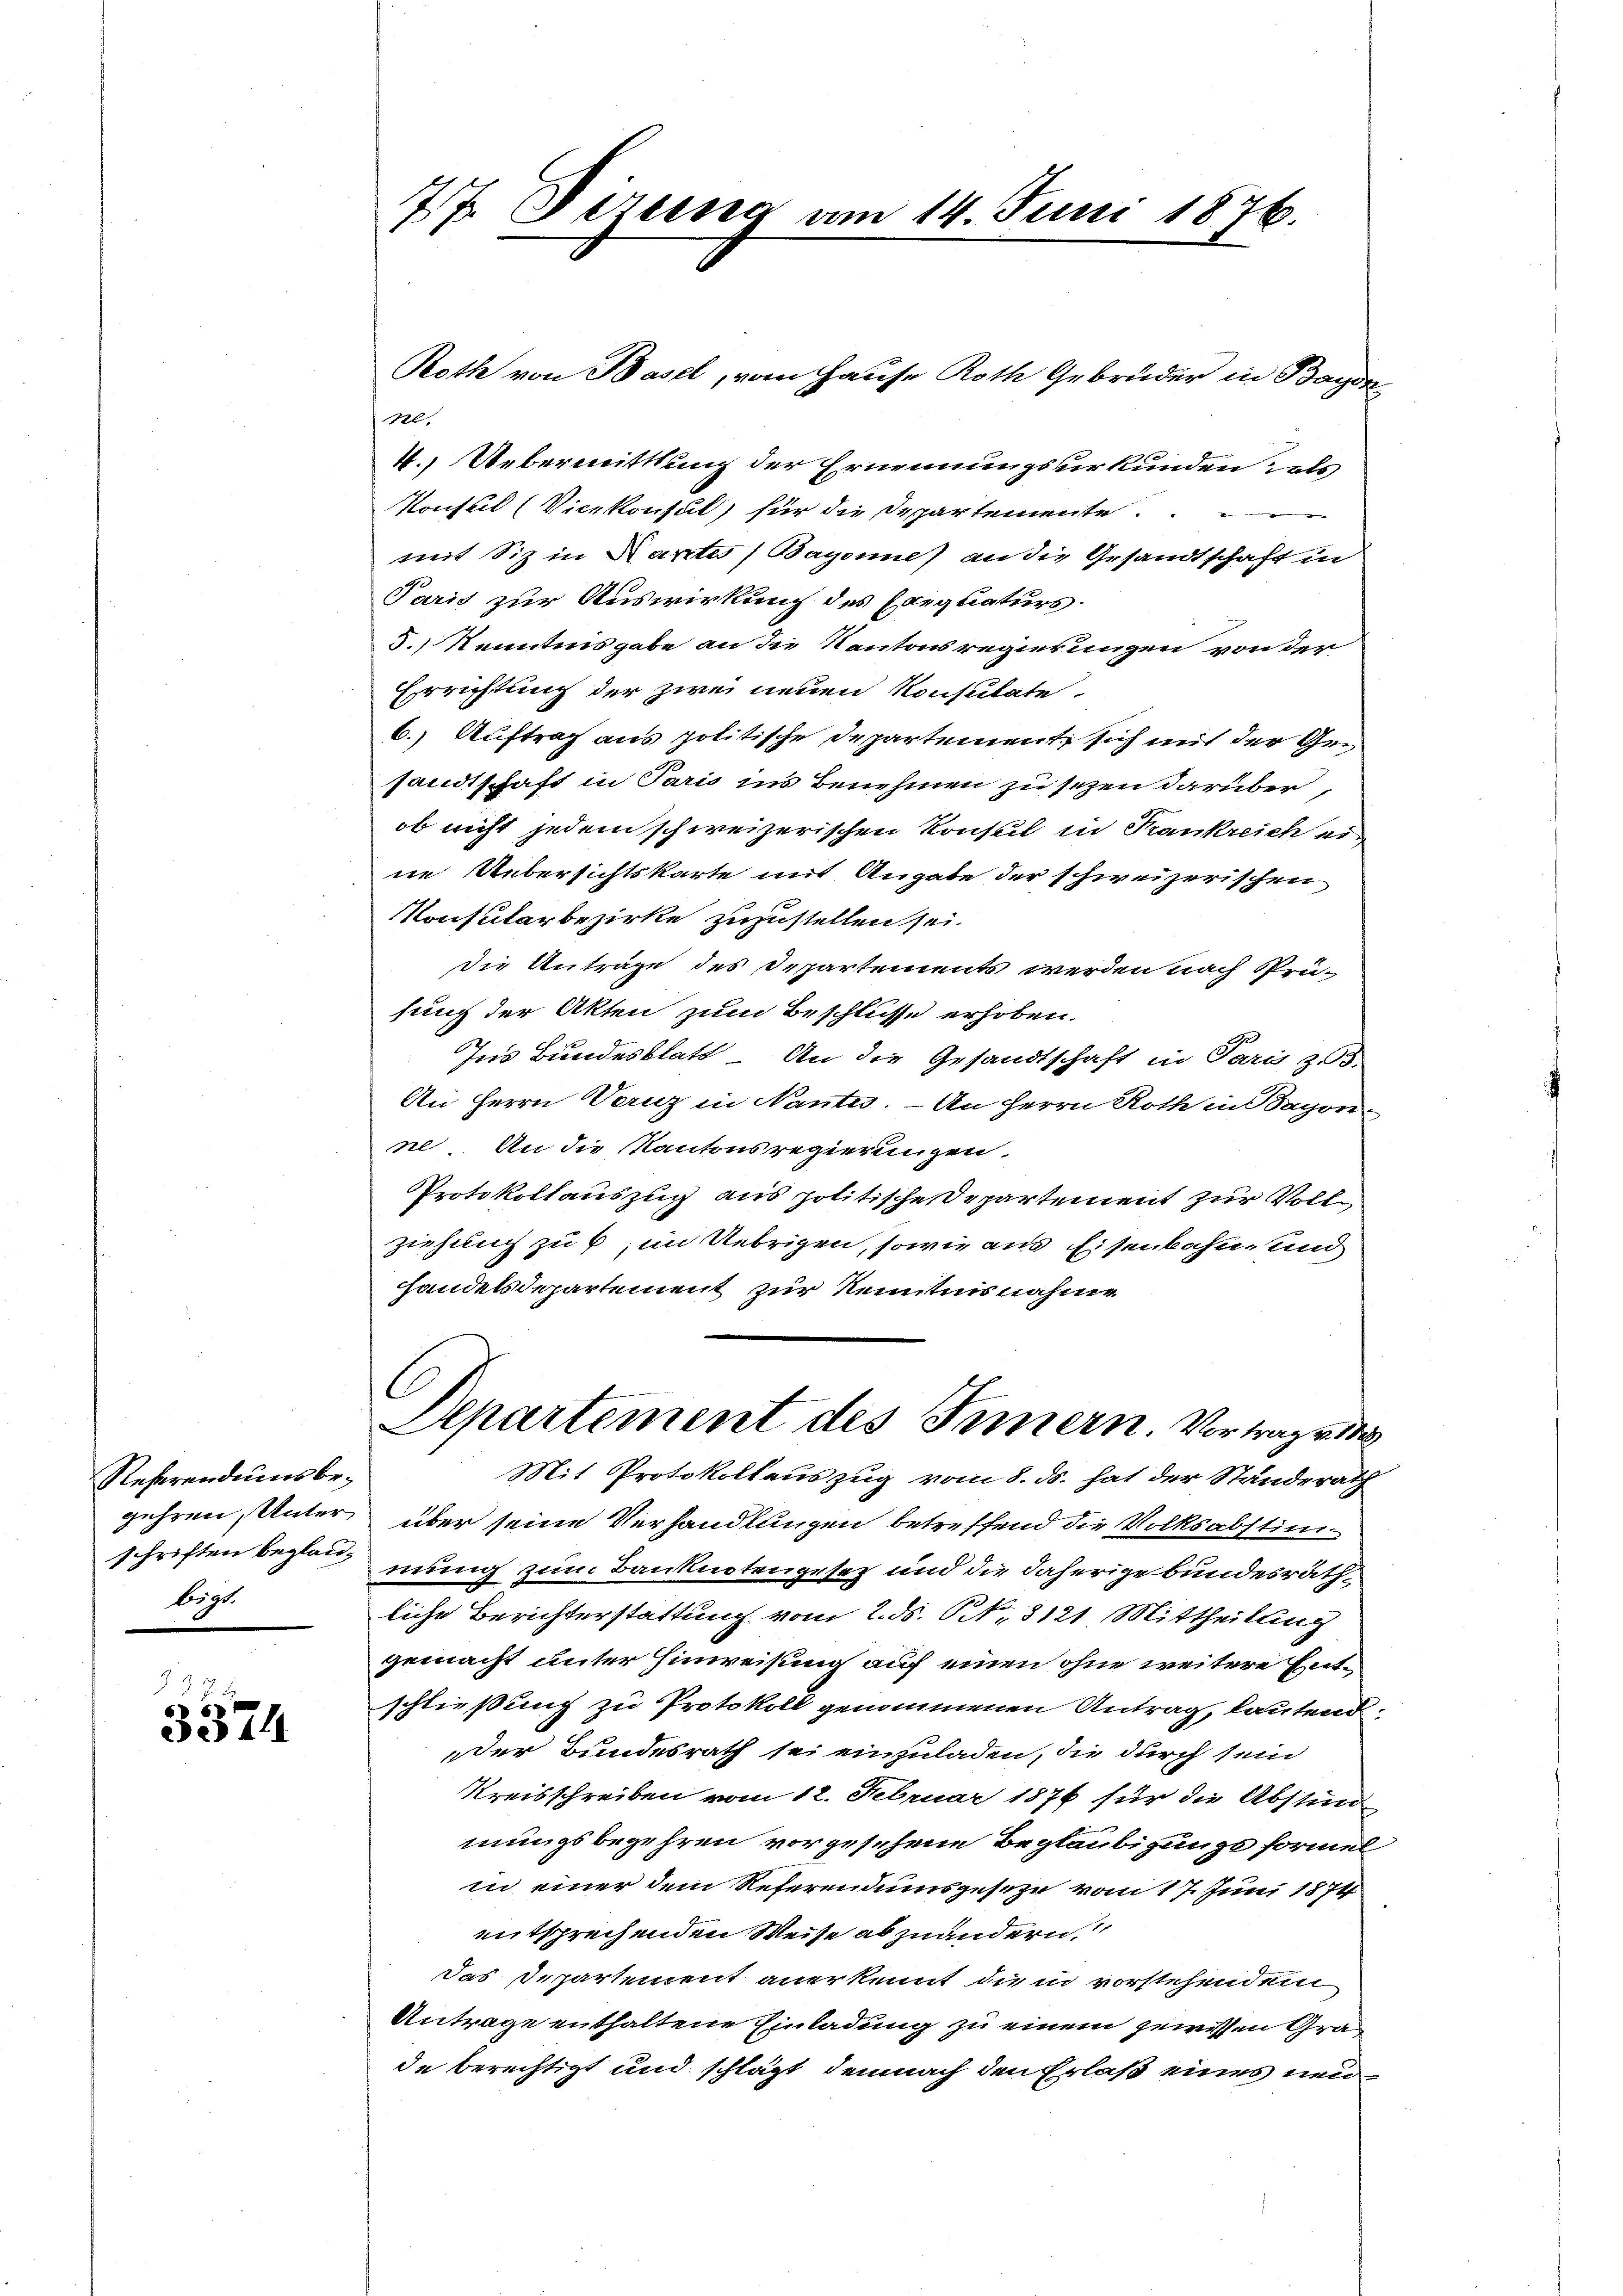
Referendums begehren, Unterschriften beglaubigt.

737.
3374

77. Sizung am 14. Juni 1876.

1.
4. Uebermittlung der Ernennungsurkunden als
Konsul (Vicekonsul, für die Departemente.

mit Sitz in Kartes (Bayone) an die Gesandtschaft in
Paris zur Auswirkung des Exequaturs.
5.) Kenntnisgabe an die Kantonsregierungen von der
Errichtung der zwei neuen Konsulate
6.) Auftrag aus politische Departement, sich mit der Gesandtschaft in Paris ins Benehmen zu sezen darüber
ob nicht jedem schweizerischen Konseil in Krankreich ein
ne Uebersichtskarte mit Angabe der schweizerischen
Konsularbezirke zuzustellen sei.
die Anträge des Departements werden nach Prü-
sung der Akten zum Beschlüsse erhoben.
Ins Bundesblatt - An die Gesandtschaft in Paris zu.
An Herrn Vernz in Nantes. – An Herrn Roth in Saxon-
ne. An die Kantonsregierungen.
Protokollauszug aus politische Departement zur Voll
ziehung zu 6 im Uebrigen, sowie aus Eisenbahn, und
handelsdepartement zur Kenntnisnahme
Departement des Innern Vortrag ei
Mit Protokollauszug vom 8. ds. hat der Standerath
über seine Verhandlungen betreffend die Volksabstimmung zum Banknotengesetz und die daherige bundesräthliche Berichterstattung vom 2. ds. S. 3121. Mittheilung
gemacht unter Hinweisung auf einen ohne weitere Entschließung zu Protokoll genommenen Antrag, lautend
der Bundesrath sei einzuladen, die durch sein
Kreisschreiben vom 12. Februar 1876 für die Abstind
mungsbegehren vorgesehene Beglaubigungsformel
in einer dem Referendumsgeseze vom 17. Juni 1874
entsprechenden Weise abzuändern,
das Departement anerkennt die in vorstehendem
Antrage enthaltene Einladung zu einem gewissen Grade berechtigt und schlägt, demnach den Erlaß eines neu¬

Roth von Basel, vom Hause Roth Gebrüder in Bagda